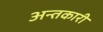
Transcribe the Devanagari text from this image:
अन्तकारी